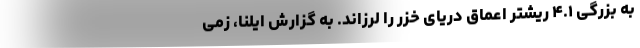
به بزرگی ۴.۱ ریشتر اعماق دریای خزر را لرزاند. به گزارش ایلنا، زمی